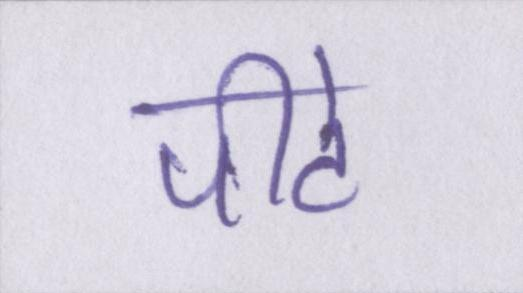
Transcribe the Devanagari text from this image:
पीटे